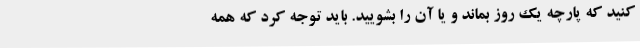
کنید که پارچه یک روز بماند و یا آن را بشویید. باید توجه کرد که همه